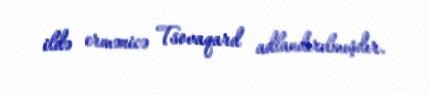
ildə ermənicə Tsovaqard adlandırılmışdır.